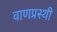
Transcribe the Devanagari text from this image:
वाणप्रस्थी